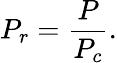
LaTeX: P_{r}={\frac{P}{P_{c}}}.